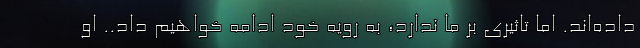
داده‌اند. اما تاثیری بر ما ندارد، به رویه خود ادامه خواهیم داد.. او